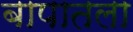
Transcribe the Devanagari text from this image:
बापातला